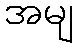
အမျ